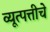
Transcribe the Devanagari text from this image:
व्यूत्पत्तीचे